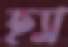
হ্যা